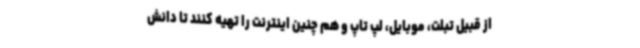
از قبیل تبلت، موبایل، لپ تاپ و هم چنین اینترنت را تهیه کنند تا دانش